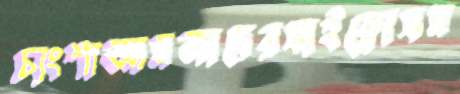
চাংশাআমজাদেরসাইক্লোসম